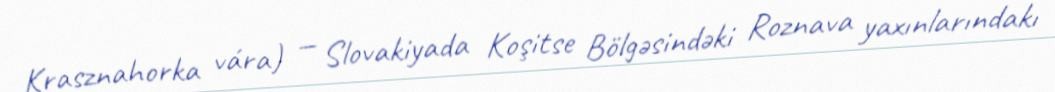
Krasznahorka vára) — Slovakiyada Koşitse Bölgəsindəki Roznava yaxınlarındakı